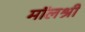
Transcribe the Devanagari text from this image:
मॉलश्री